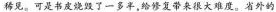
稀见。可是书皮烧毁了一多半，给修复带来很大难度。省外的